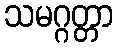
သမဂ္ဂတ္တာ